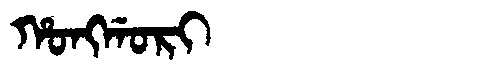
Manchu: ᡥᠣᠩᡤᠣᡵᡳ
Romanization: HONGGORI